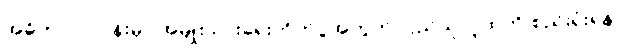
အဓိက လုပ်ငန်းမှာ အမျိုးသားရေးတိုက်ပွဲအတွက် ပြည်သူလူထုကို စည်းရုံးရန်